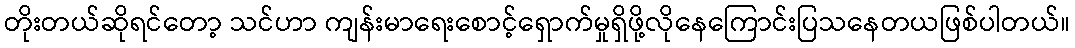
တိုးတယ်ဆိုရင်တော့ သင်ဟာ ကျန်းမာရေးစောင့်ရှောက်မှုရှိဖို့လိုနေကြောင်းပြသနေတယဖြစ်ပါတယ်။